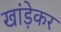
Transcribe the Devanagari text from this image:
खांड़ेकर